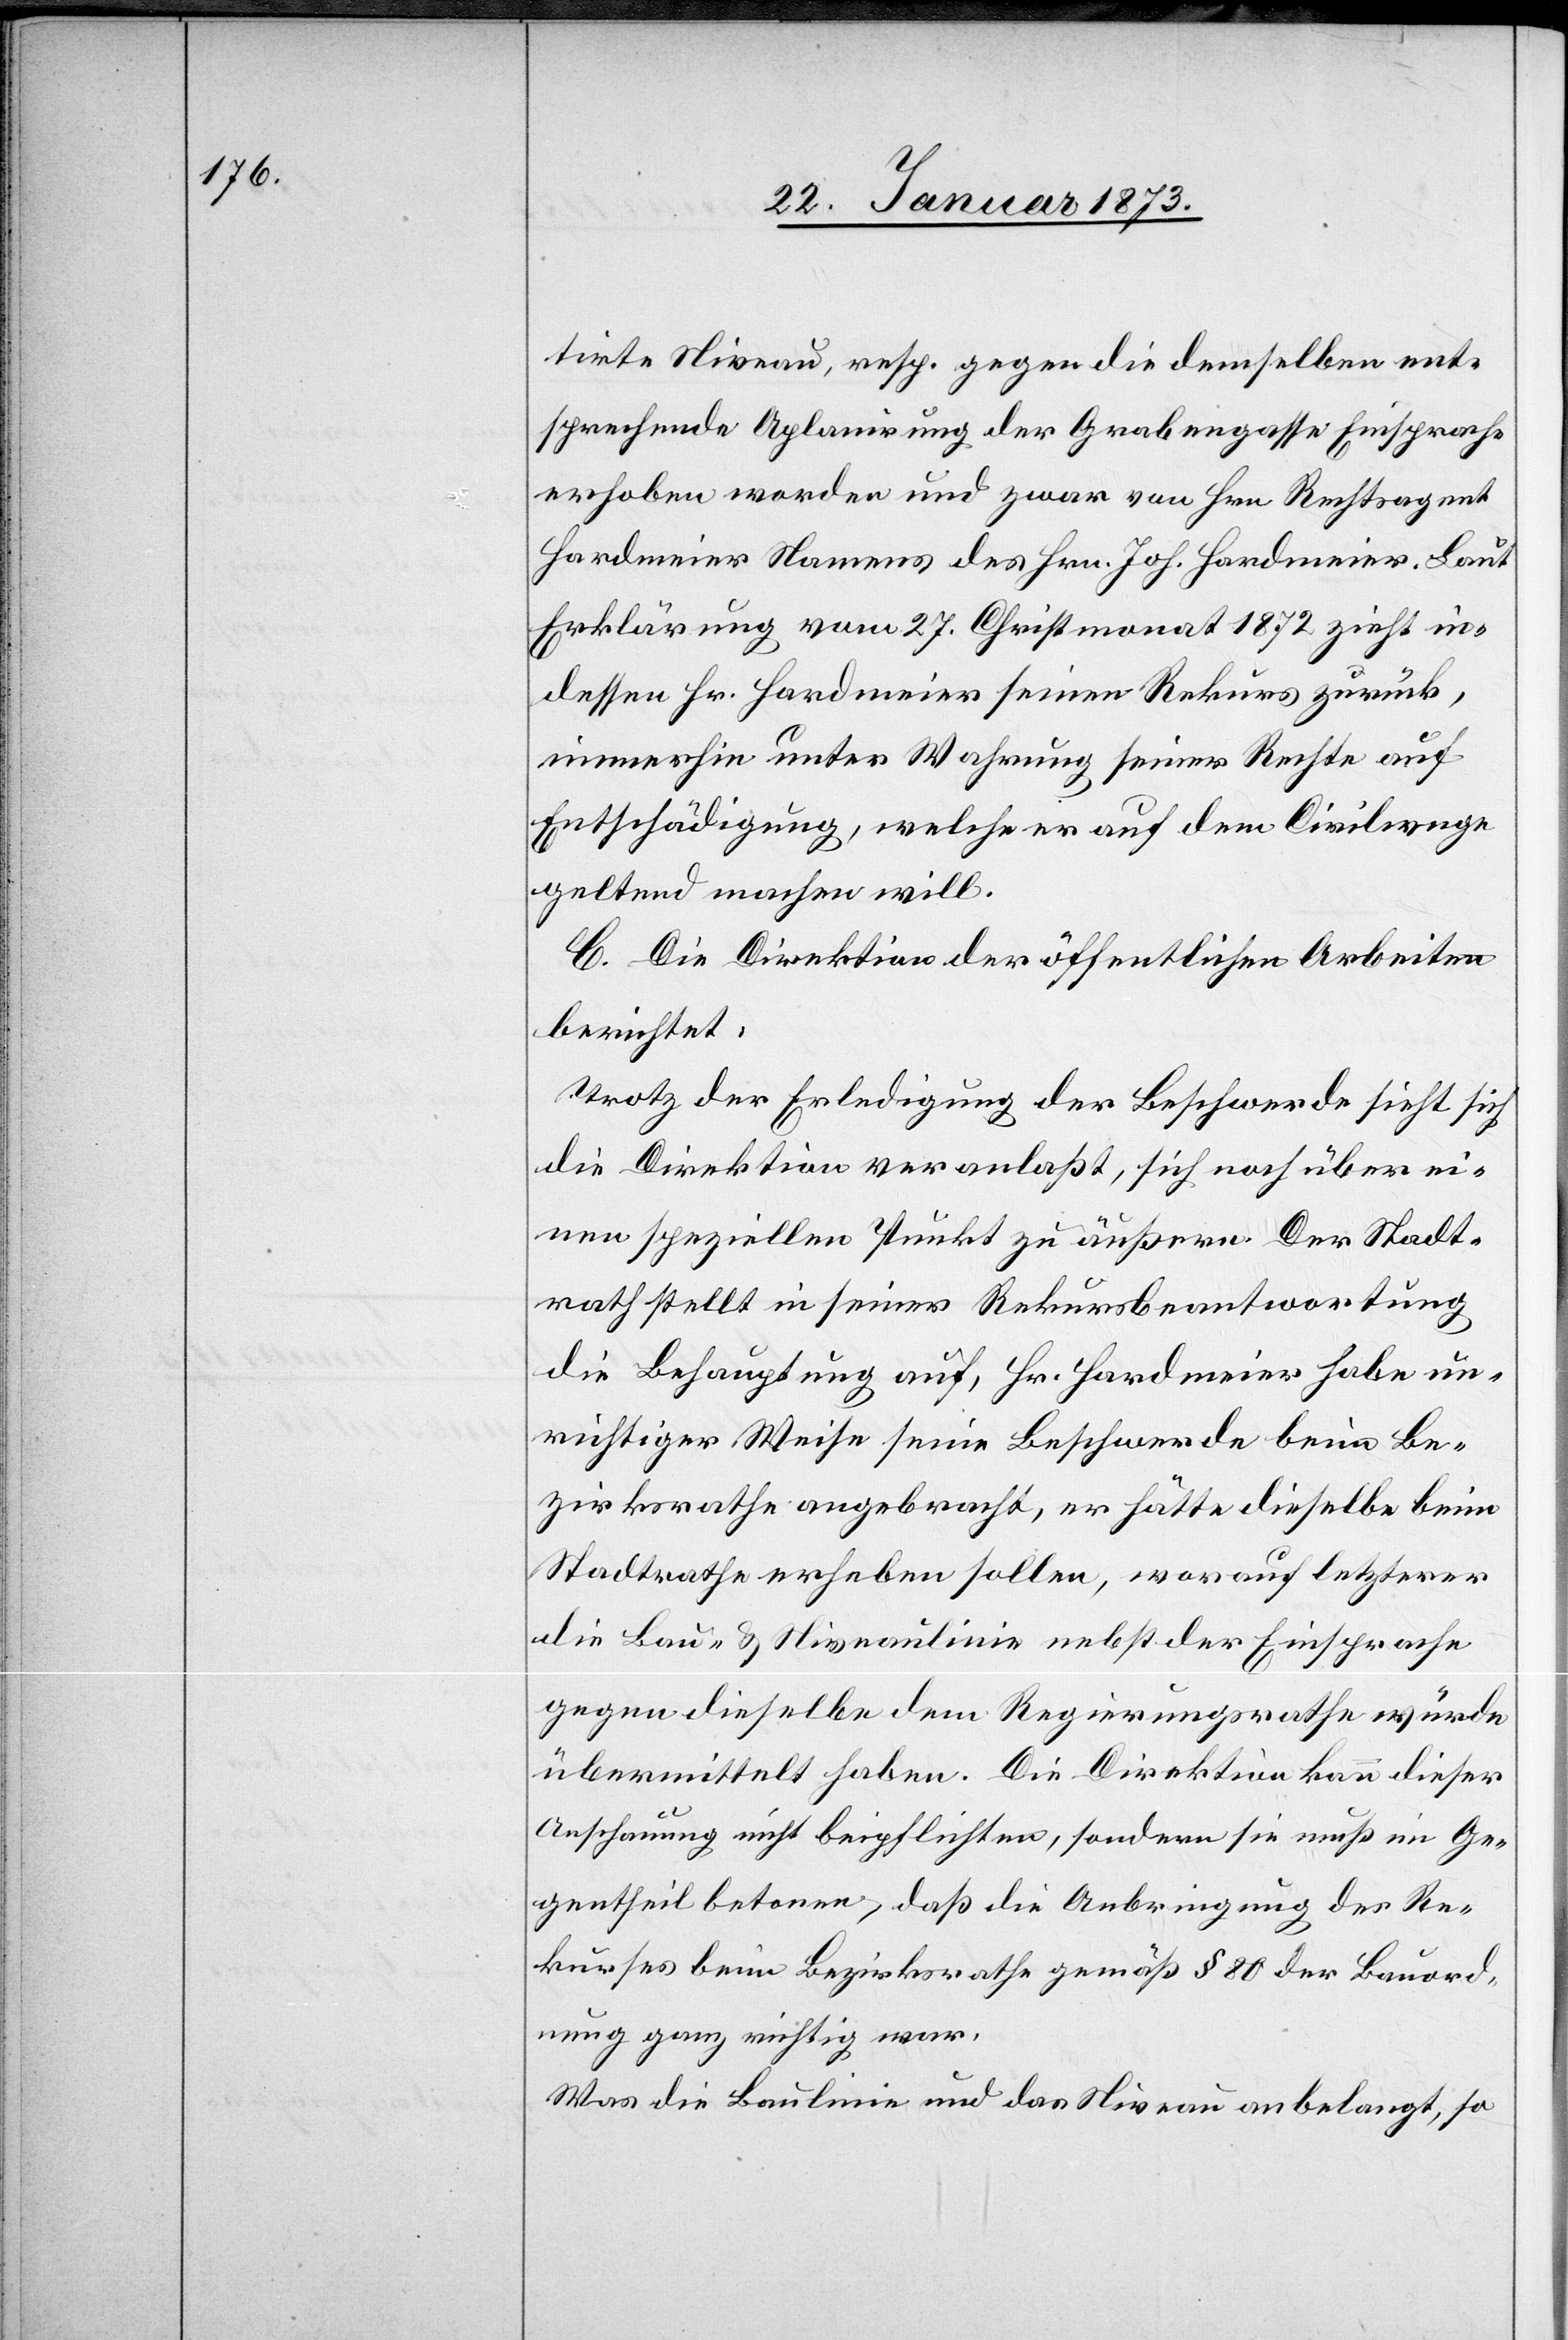
tirte Niveau, resp. gegen die demselben ent¬
sprechende Aplanirung der Grabengasse Einsprache
erhoben worden und zwar von Hrn. Rechtsagent
Hardmeier Namens des Hrn. Joh. Hardmeier. Laut
Erklärung vom 27. Christmonat 1872 zieht in¬
dessen Hr. Hardmeier seinen Rekurs zurück,
immerhin unter Wahrung seiner Rechte auf
Entschädigung, welche er auf dem Civilwege
geltend machen will.
C. Die Direktion der öffentlichen Arbeiten
berichtet:
Trotz der Erledigung der Beschwerde sieht sich
die Direktion veranlaßt, sich noch über ei¬
nen speziellen Punkt zu äußern. Der Stadt¬
rath stellt in seiner Rekursbeantwortung
die Behauptung auf, Hr. Hardmeier habe un¬
richtiger Weise seine Beschwerde beim Be¬
zirksrathe angebracht, er hätte dieselbe beim
Stadtrathe erheben sollen, worauf letzterer
die Bau- u. Niveaulinie nebst der Einsprache
gegen dieselben dem Regierungsrathe würde
übermittelt haben. Die Direktion kann dieser
Anschauung nicht beipflichten, sondern sie muß im Ge¬
gentheil betonen, daß die Anbringung des Re¬
kurses beim Bezirksrathe gemäß § 80 der Bauord¬
nung ganz richtig war.
Was die Baulinie und das Niveau anbelangt, so